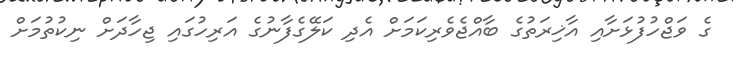
ގެ ވަޖްހުފުޅަށާއި އާޚިރަތުގެ ބާއްޖެވެރިކަމަށް އެދި ކަލޭގެފާނުގެ އަރިހުގައި ޖިހާދަށް ނިކުތުމަށް